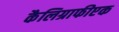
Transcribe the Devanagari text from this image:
कैलिग्राफीएक